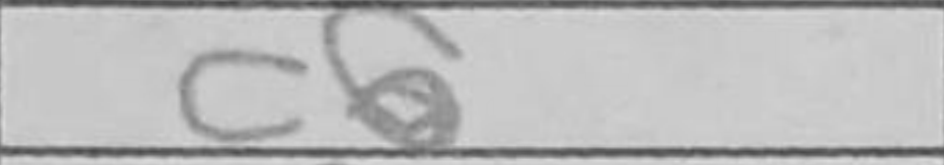
Transcription: c6